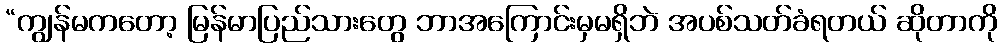
“ကျွန်မကတော့ မြန်မာပြည်သားတွေ ဘာအကြောင်းမှမရှိဘဲ အပစ်သတ်ခံရတယ် ဆိုတာကို